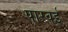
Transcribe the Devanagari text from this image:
पारवई